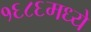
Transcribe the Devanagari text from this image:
१६८६मध्ये